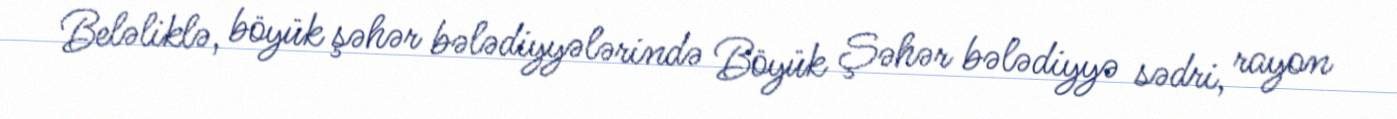
Beləliklə, böyük şəhər bələdiyyələrində Böyük Şəhər bələdiyyə sədri, rayon